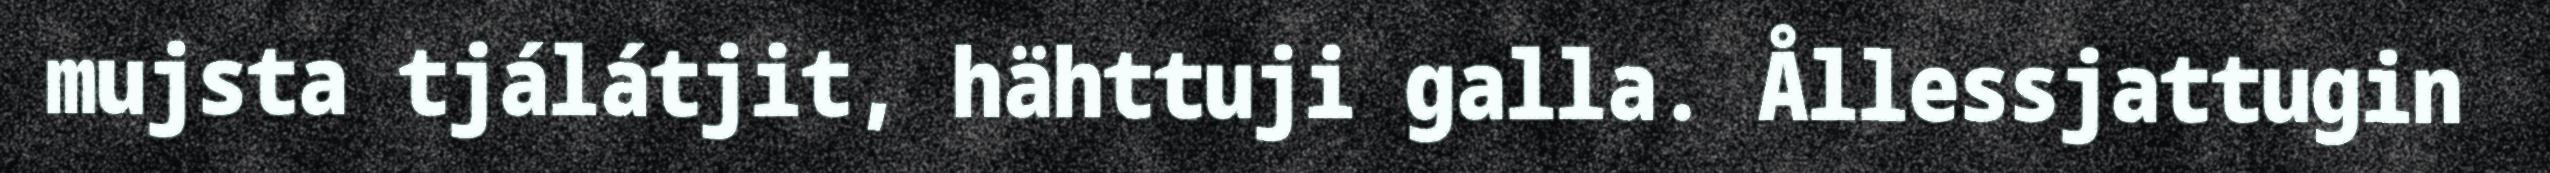
mujsta tjálátjit, hähttuji galla. Ållessjattugin